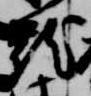
籠